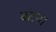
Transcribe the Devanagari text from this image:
बंटन।